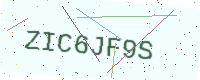
Text: ZIC6JF9S